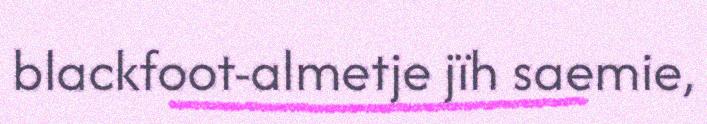
blackfoot-almetje jïh saemie,